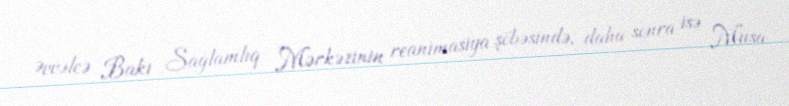
Əvvəlcə Bakı Sağlamlıq Mərkəzinin reanimasiya şöbəsində, daha sonra isə Musa